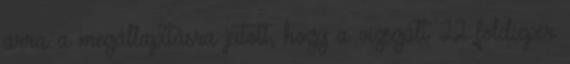
arra a megállapításra jutott, hogy a vizsgált 22 földieper